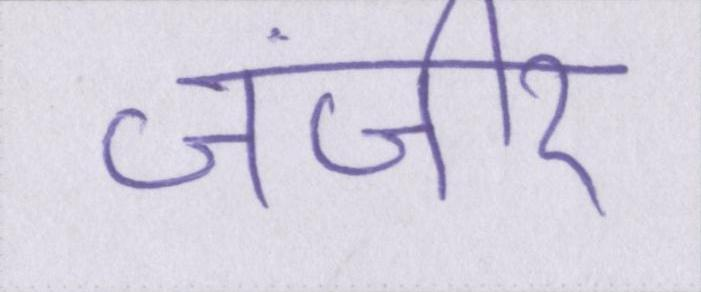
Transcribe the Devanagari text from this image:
जंजीर